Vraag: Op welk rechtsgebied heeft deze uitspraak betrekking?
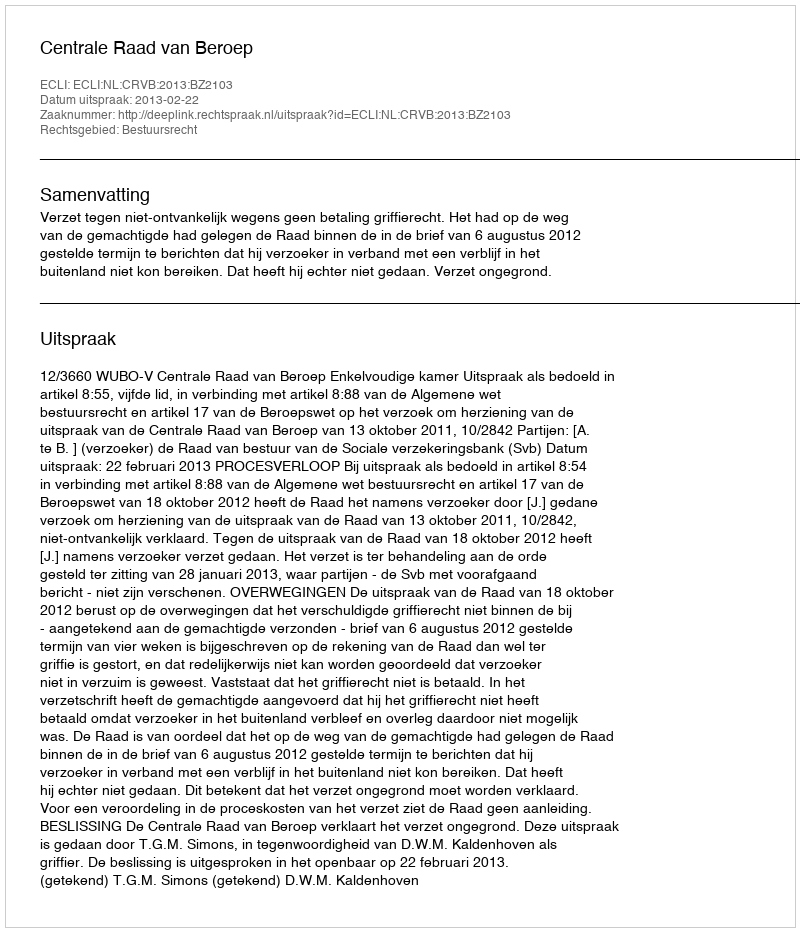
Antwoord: Bestuursrecht